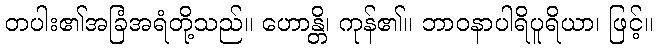
တပါး၏အခြံအရံတို့သည်။ ဟောန္တိ၊ ကုန်၏။ ဘာဝနာပါရိပူရိယာ၊ ဖြင့်။